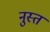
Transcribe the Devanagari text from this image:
नुस्तं